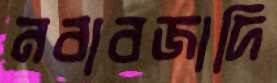
নবাবজাদি